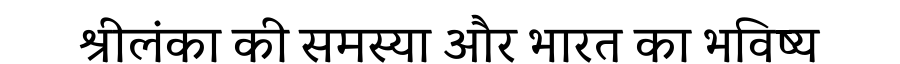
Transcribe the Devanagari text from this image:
श्रीलंका की समस्या और भारत का भविष्य